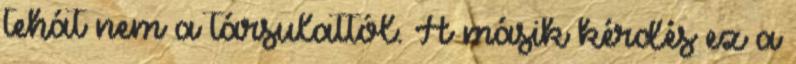
tehát nem a társulattól. A másik kérdés ez a